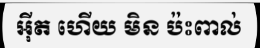
អ៊ីត ហើយ មិន ប៉ះពាល់